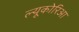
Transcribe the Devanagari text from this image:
ल्यूकोरिआ